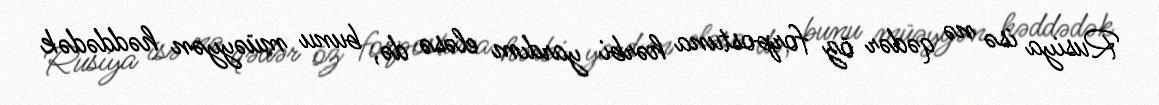
Rusiya isə nə qədər öz forpostuna hərbi yardım eləsə də, bunu müəyyən həddədək